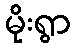
မိုးရွာ